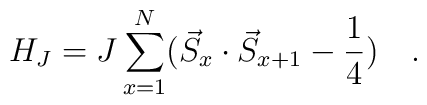
H_{J}=J\sum_{x=1}^{N}(\vec{S}_{x}\cdot \vec{S}_{x+1}-\frac{1}{4})\quad .